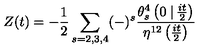
Z ( t ) = - { \frac { 1 } { 2 } } \sum _ { s = 2 , 3 , 4 } ( - ) ^ { s } { \frac { \theta _ { s } ^ { 4 } \left( 0 \left. \right| { \frac { i t } { 2 } } \right) } { \eta ^ { 1 2 } \left( { \frac { i t } { 2 } } \right) } }